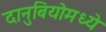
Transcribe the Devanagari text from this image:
दानुबियोमध्ये